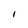
Character: I